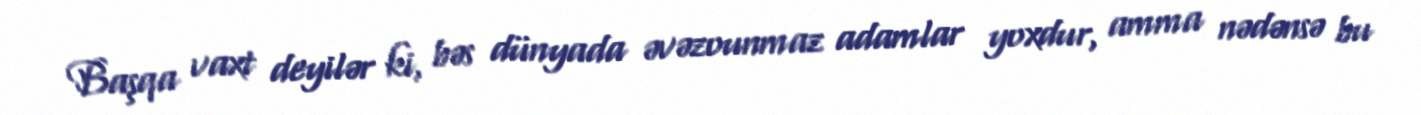
Başqa vaxt deyilər ki, bəs dünyada əvəzounmaz adamlar yoxdur, amma nədənsə bu